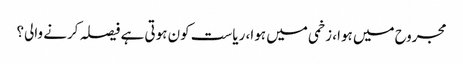
مجروح میں ہوا، زخمی میں ہوا، ریاست کون ہوتی ہے فیصلہ کرنے والی؟